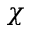
\chi